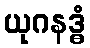
ယုဂနဒ္ဓံ